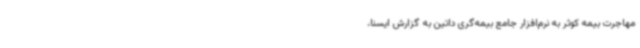
مهاجرت بیمه کوثر به نرم‌افزار جامع بیمه‌گری داتین به گزارش ایسنا،